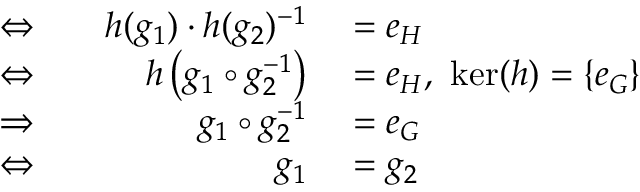
\begin{array} { r l r l } { \Leftrightarrow } & { { } } & { h ( g _ { 1 } ) \cdot h ( g _ { 2 } ) ^ { - 1 } } & { { } = e _ { H } } \\ { \Leftrightarrow } & { { } } & { h \left( g _ { 1 } \circ g _ { 2 } ^ { - 1 } \right) } & { { } = e _ { H } , \ \ker ( h ) = \{ e _ { G } \} } \\ { \Rightarrow } & { { } } & { g _ { 1 } \circ g _ { 2 } ^ { - 1 } } & { { } = e _ { G } } \\ { \Leftrightarrow } & { { } } & { g _ { 1 } } & { { } = g _ { 2 } } \end{array}